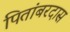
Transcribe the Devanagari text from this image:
पितांबरदास